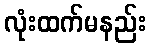
လုံးထက်မနည်း